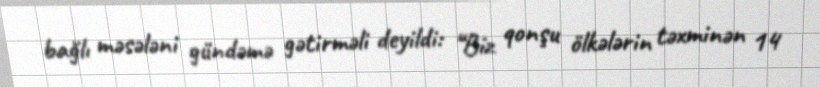
bağlı məsələni gündəmə gətirməli deyildi: “Biz qonşu ölkələrin təxminən 14